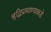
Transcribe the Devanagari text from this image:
बुद्धिप्रामाण्याकडे